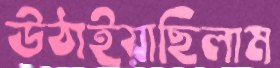
উঠাইয়াছিলাম